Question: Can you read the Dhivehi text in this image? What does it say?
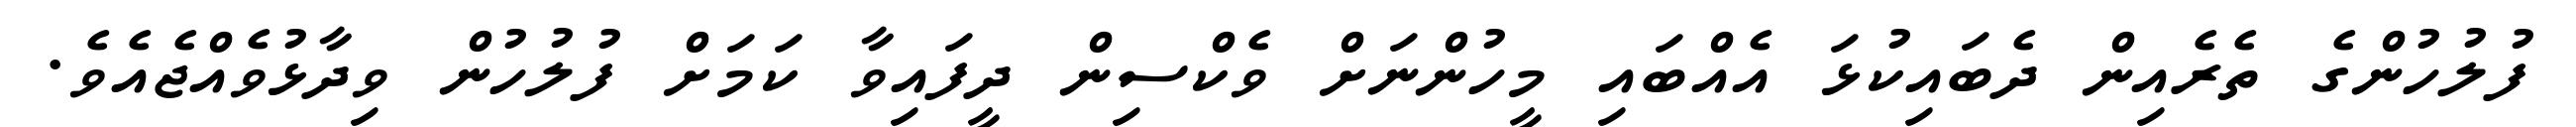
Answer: ފުލުހުންގެ ތެރެއިން ދެބައިކުޅަ އެއްބައި މީހުންނަށް ވެކްސިން ދީފައިވާ ކަމަށް ފުލުހުން ވިދާޅުވެއްޖެއެވެ.